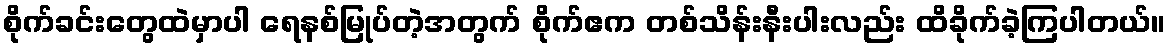
စိုက်ခင်းတွေထဲမှာပါ ရေနစ်မြုပ်တဲ့အတွက် စိုက်ဧက တစ်သိန်းနီးပါးလည်း ထိခိုက်ခဲ့ကြပါတယ်။